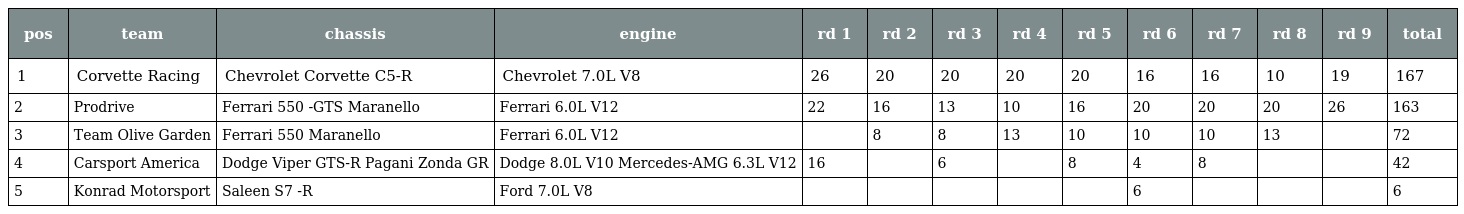
| pos | team | chassis | engine | rd 1 | rd 2 | rd 3 | rd 4 | rd 5 | rd 6 | rd 7 | rd 8 | rd 9 | total |
 | --- | --- | --- | --- | --- | --- | --- | --- | --- | --- | --- | --- | --- | --- |
 | 1 | Corvette Racing | Chevrolet Corvette C5-R | Chevrolet 7.0L V8 | 26 | 20 | 20 | 20 | 20 | 16 | 16 | 10 | 19 | 167 |
 | 2 | Prodrive | Ferrari 550 -GTS Maranello | Ferrari 6.0L V12 | 22 | 16 | 13 | 10 | 16 | 20 | 20 | 20 | 26 | 163 |
 | 3 | Team Olive Garden | Ferrari 550 Maranello | Ferrari 6.0L V12 |  | 8 | 8 | 13 | 10 | 10 | 10 | 13 |  | 72 |
 | 4 | Carsport America | Dodge Viper GTS-R Pagani Zonda GR | Dodge 8.0L V10 Mercedes-AMG 6.3L V12 | 16 |  | 6 |  | 8 | 4 | 8 |  |  | 42 |
 | 5 | Konrad Motorsport | Saleen S7 -R | Ford 7.0L V8 |  |  |  |  |  | 6 |  |  |  | 6 |